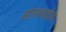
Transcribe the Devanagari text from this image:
आगरवाडीला